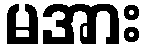
မအား